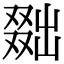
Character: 𠭴